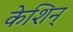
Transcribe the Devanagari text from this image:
केशिन्